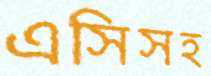
এসিসহ